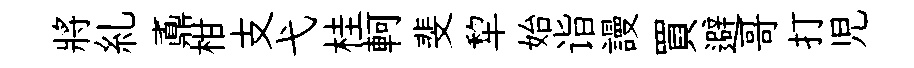
將糺鼒柑支弋桂軻斐犂始诣謾買避哥打児